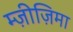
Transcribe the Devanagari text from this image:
म्ज़ीज़िमा